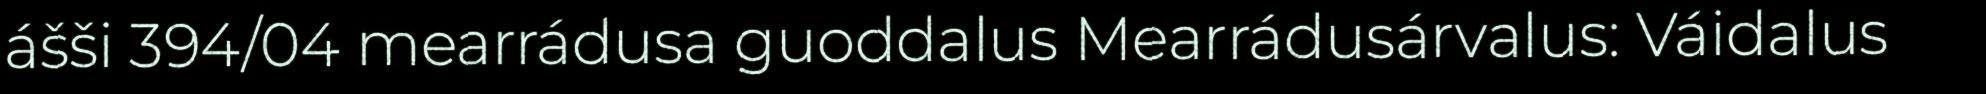
ášši 394/04 mearrádusa guoddalus Mearrádusárvalus: Váidalus